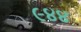
૯૪૪